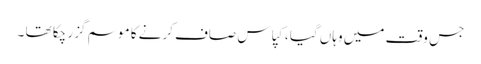
جس وقت میں وہاں گیا ، کپاس صاف کرنے کا موسم گزر چکا تھا ۔